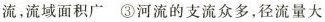
流，流域面积广③河流的支流众多，径流量大